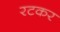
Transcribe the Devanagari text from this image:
रटकर